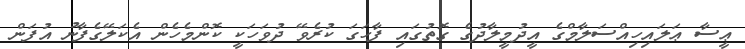
ޢީސާ ޢަލައިހިއްސަލާމްގެ އީދުމީލާދުގެ ގޮތުގައި ފާހަގަ ކުރެވޭ ދުވަހަކީ ކޮންމެހެން އެކަލޭގެފާނު އުފަން